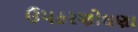
ઉપકરણોઘણા